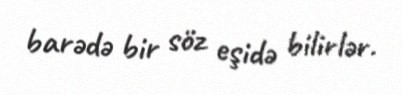
barədə bir söz eşidə bilirlər.